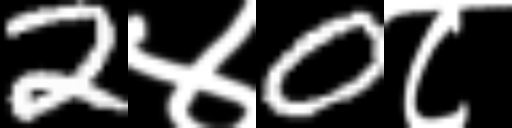
Text: 2४0८